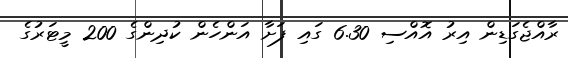
ރާއްޖެގަޑިން އިރު އޮއްސި 6.30 ގައި ފަށާ އަންހެން ކުދިންގެ 200 މީޓަރުގެ